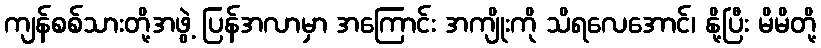
ကျန်စစ်သားတို့အဖွဲ့ ပြန်အလာမှာ အကြောင်း အကျိုးကို သိရလေအောင်၊ နို့ပြီး မိမိတို့